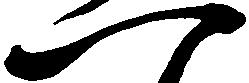
一